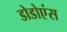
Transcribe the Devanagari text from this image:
डोडोएंस